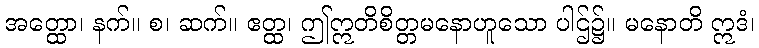
အတ္ထော၊ နက်။ စ၊ ဆက်။ ဧတ္ထ၊ ဤဣတိစိတ္တမနောဟူသော ပါဌ်၌။ မနောတိ ဣဒံ၊